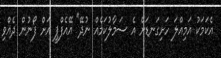
އެކަމަކު އަމިއްލަ ހަށިގަނޑަށް އެ ސަމާލުކަމެއް ނުދޭ" އޭއެފްޕީ އަށް ފޯނުން ދެއްވި